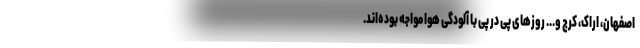
اصفهان، اراک، کرج و... روزهای پی در پی با آلودگی هوا مواجه بوده‌اند.